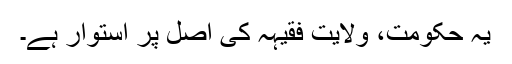
یہ حکومت، ولایت فقیہہ کی اصل پر استوار ہے۔